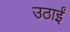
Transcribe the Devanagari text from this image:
उठाईं